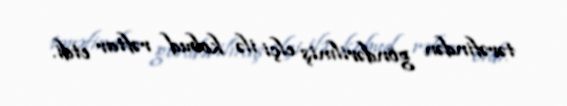
tərəfindən göndərilmiş elçi ilə kobud rəftar etdi.